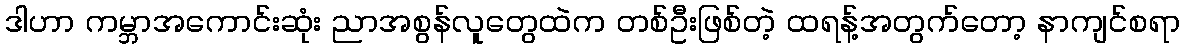
ဒါဟာ ကမ္ဘာအကောင်းဆုံး ညာအစွန်လူတွေထဲက တစ်ဦးဖြစ်တဲ့ ထရန့်အတွက်တော့ နာကျင်စရာ